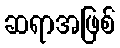
ဆရာအဖြစ်